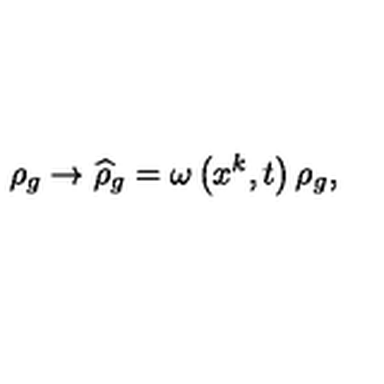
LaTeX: \rho _ { g } \rightarrow \widehat { \rho } _ { g } = \omega \left( x ^ { k } , t \right) \rho _ { g } ,